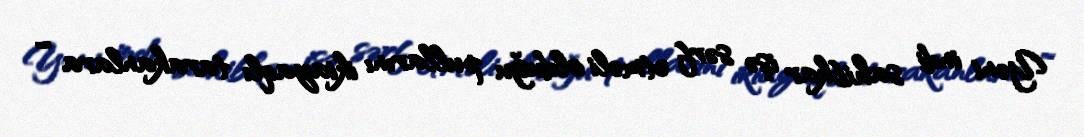
Yəni indi sahibkar işə sərf etməli olduğu pullarını ikiayaqlı tarakanlara ”“